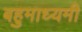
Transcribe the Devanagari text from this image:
बहुमाध्यमी